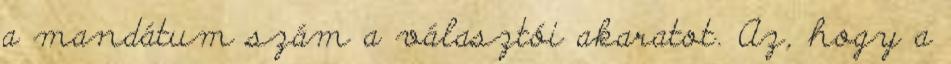
a mandátum szám a választói akaratot. Az, hogy a